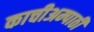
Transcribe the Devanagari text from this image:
काचीअम्पाठी